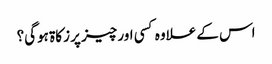
اس کے علاوہ کسی اور چیز پر زکاۃ ہوگی؟